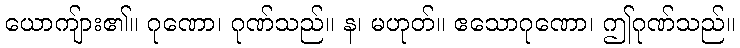
ယောကျ်ား၏။ ဂုဏော၊ ဂုဏ်သည်။ န၊ မဟုတ်။ ဧသောဂုဏော၊ ဤဂုဏ်သည်။